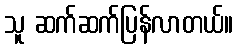
သူ ဆက်ဆက်ပြန်လာတယ်။